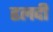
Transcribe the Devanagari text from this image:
ढलदी